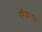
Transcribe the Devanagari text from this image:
होऊंगा।